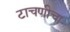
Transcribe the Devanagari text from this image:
टाचणीचा